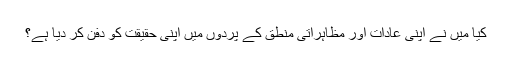
کیا میں نے اپنی عادات اور مظاہراتی منطق کے پردوں میں اپنی حقیقت کو دفن کر دیا ہے؟